Report of the Indian Hemp Drugs Commission, 1894-1895 - Volume IV
Year: 1894
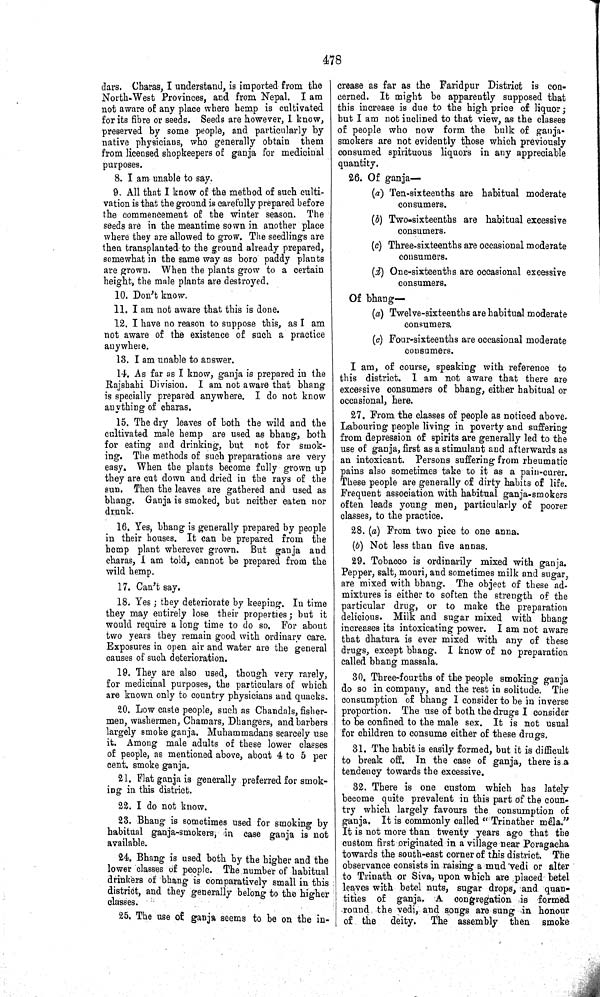
478
dars. Charas, I understand, is imported from the
North-West Provinces, and from Nepal. I am
not aware of any place where hemp is cultivated
for its fibre or seeds. Seeds are however, I know,
preserved by some people, and particularly by
native physicians, who generally obtain them
from licensed shopkeepers of ganja for medicinal
purposes.
8. I am unable to say.
9. All that I know of the method of such culti-
vation is that the ground is carefully prepared before
the commencement of the winter season. The
seeds are in the meantime sown in another place
where they are allowed to grow. The seedlings are
then transplanted to the ground already prepared,
somewhat in the same way as boro paddy plants
are grown. When the plants grow to a certain
height, the male plants are destroyed.
10. Don't know.
11. I am not aware that this is done.
12. I have no reason to suppose this, as I am
not aware of the existence of such a practice
anywhere.
13. I am unable to answer.
14. As far as I know, ganja is prepared in the
Rajshahi Division. I am not aware that bhang
is specially prepared anywhere. I do not know
anything of charas.
15. The dry leaves of both the wild and the
cultivated male hemp are used as bhang, both
for eating and drinking, but not for smok-
ing. The methods of such preparations are very
easy. When the plants become fully grown up
they are cut down and dried in the rays of the
sun. Then the leaves are gathered and used as
bhang. Ganja is smoked, but neither eaten nor
drunk.
16. Yes, bhang is generally prepared by people
in their houses. It can be prepared from the
hemp plant wherever grown. But ganja and
charas, I am told, cannot be prepared from the
wild hemp.
17. Can't say.
18. Yes; they deteriorate by keeping. In time
they may entirely lose their properties; but it
would require a long time to do so. For about
two years they remain good with ordinary care.
Exposures in open air and water are the general
causes of such deterioration.
19. They are also used, though very rarely,
for medicinal purposes, the particulars of which
are known only to country physicians and quacks.
20. Low caste people, such as Chandals, fisher-
men, washermen, Chamars, Dhangers, and barbers
largely smoke ganja. Muhammadans scarcely use
it. Among male adults of these lower classes
of people, as mentioned above, about 4 to 5 per
cent. smoke ganja.
21. Flat ganja is generally preferred for smok-
ing in this district.
22. I do not know.
23. Bhang is sometimes used for smoking by
habitual ganja-smokers, in case ganja is not
available.
24. Bhang is used both by the higher and the
lower classes of people. The number of habitual
drinkers of bhang is comparatively small in this
district, and they generally belong to the higher
classes.
25. The use of ganja seems to be on the in-
crease as far as the Faridpur District is con-
cerned. It might be apparently supposed that
this increase is due to the high price of liquor;
but I am not inclined to that view, as the classes
of people who now form the bulk of ganja-
smokers are not evidently those which previously
consumed spirituous liquors in any appreciable
quantity.
26. Of ganja—
(a) Ten-sixteenths are habitual moderate
consumers.
(b) Two-sixteenths are habitual excessive
consumers.
(c) Three-sixteenths are occasional moderate
consumers.
(d) One-sixteenths are occasional excessive
consumers.
Of bhang—
(a) Twelve-sixteenths are habitual moderate
consumers.
(c) Four-sixteenths are occasional moderate
consumers.
I am, of course, speaking with reference to
this district. I am not aware that there are
excessive consumers of bhang, either habitual or
occasional, here.
27. From the classes of people as noticed above.
Labouring people living in poverty and suffering
from depression of spirits are generally led to the
use of ganja, first as a stimulant and afterwards as
an intoxicant. Persons suffering from rheumatic
pains also sometimes take to it as a pain-curer.
These people are generally of dirty habits of life.
Frequent association with habitual ganja-smokers
often leads young men, particularly of poorer
classes, to the practice.
28. (a) From two pice to one anna.
(b) Not less than five annas.
29. Tobacco is ordinarily mixed with ganja.
Pepper, salt, mouri, and sometimes milk and sugar,
are mixed with bhang. The object of these ad-
mixtures is either to soften the strength of the
particular drug, or to make the preparation
delicious. Milk and sugar mixed with bhang
increases its intoxicating power. I am not aware
that dhatura is ever mixed with any of these
drugs, except bhang. I know of no preparation
called bhang massala.
30. Three-fourths of the people smoking ganja
do so in company, and the rest in solitude. The
consumption of bhang I consider to be in inverse
proportion. The use of both the drugs I consider
to be confined to the male sex. It is not usual
for children to consume either of these drugs.
31. The habit is easily formed, but it is difficult
to break off. In the case of ganja, there is a
tendency towards the excessive.
32. There is one custom which has lately
become quite prevalent in this part of the coun-
try which largely favours the consumption of
ganja. It is commonly called "Trinather mêla."
It is not more than twenty years ago that the
custom first originated in a village near Poragacha
towards the south-east corner of this district. The
observance consists in raising a mud vedi or alter
to Trinath or Siva, upon which are placed betel
leaves with betel nuts, sugar drops, and quan-
tities of ganja. A congregation is formed
round the vedi, and songs are sung in honour
of the
deity.
The assembly then smoke